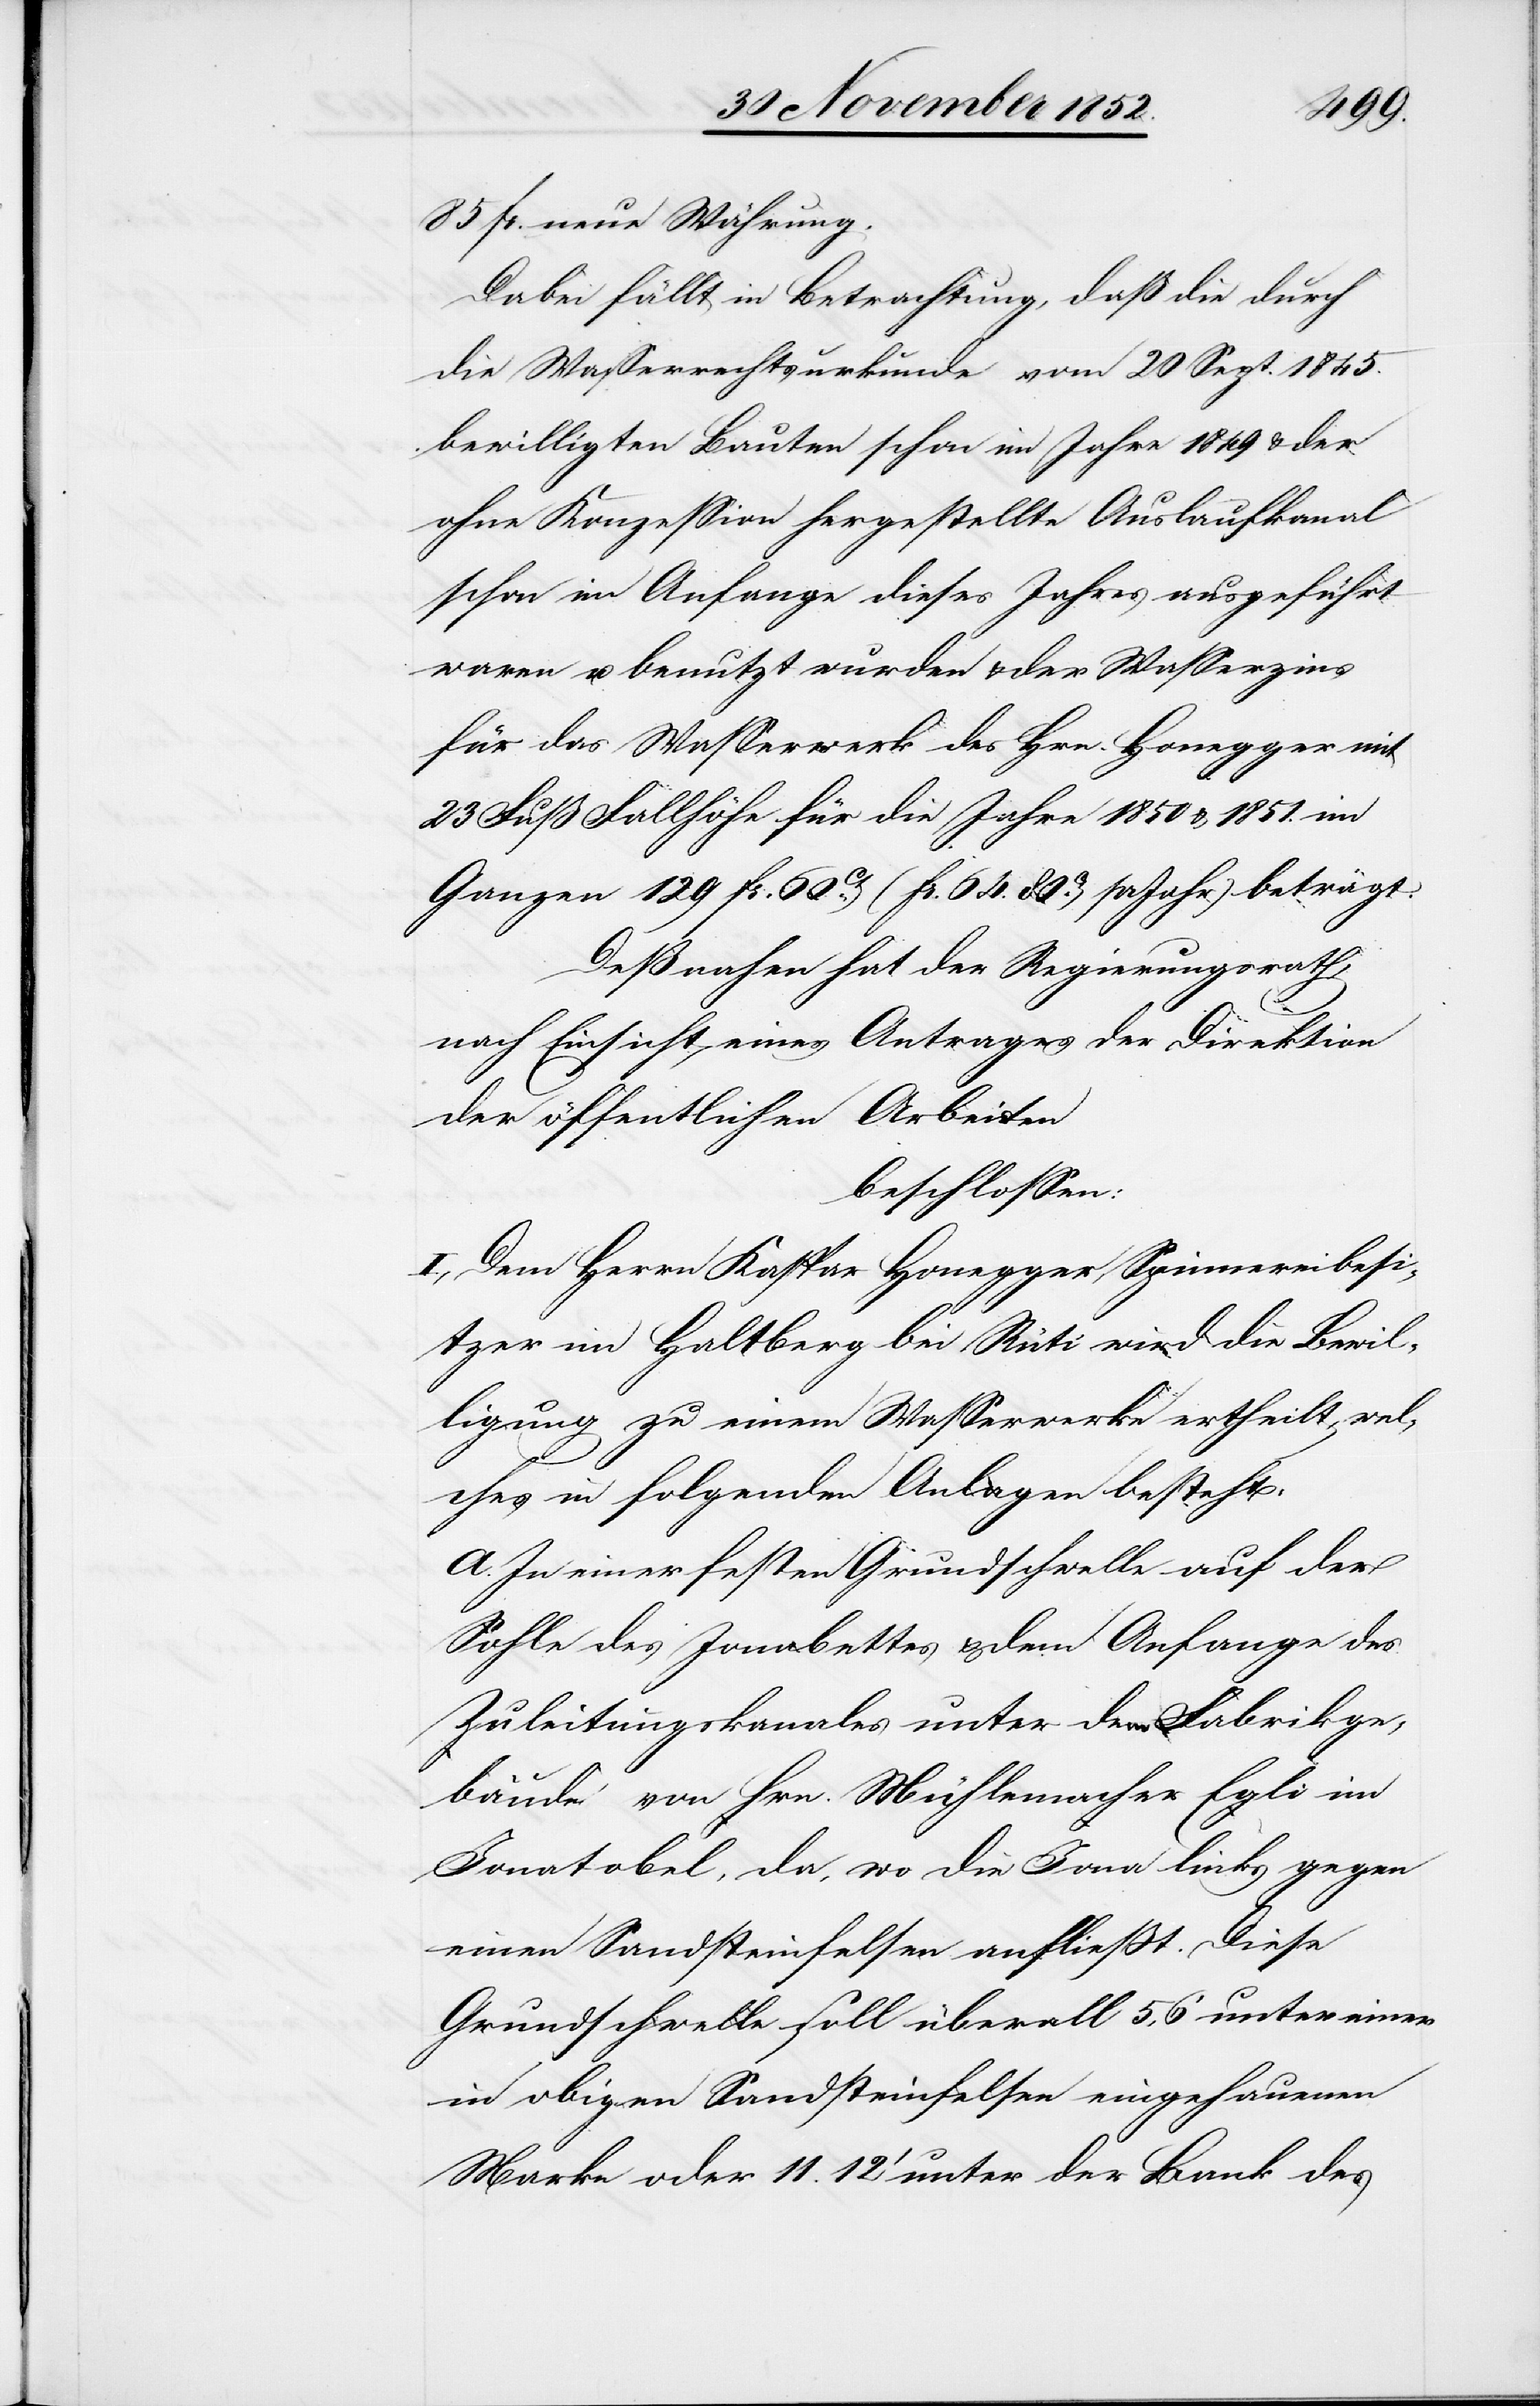
85 fr. neue Währung.
Dabei fällt in Betrachtung, daß die durch
die Wasserrechtsurkunde vom 20 Sept. 1845.
bewilligten Bauten schon im Jahre 1849 & der
ohne Konzession hergestellte Auslaufkanal
schon im Anfange dieses Jahres ausgeführt
waren u. benutzt wurden & der Wasserzins
für das Wasserwerk des Hrn. Honegger mit
23 Fuß Fallhöhe für die Jahre 1850 & 1851. im
Ganzen 129 fr. 60Cts. (fr. 64. 80Cts. pr Jahr) beträgt.
Deßnahen hat der Regierungsrath,
nach Einsicht eines Antrages der Direktion
der öffentlichen Arbeiten
beschlossen:
I., Dem Herrn Kaspar Honegger, Spinnereibesi¬
tzer im Haltberg bei Rüti wird die Bewil¬
ligung zu einem Wasserwerke ertheilt, wel¬
ches in folgenden Anlagen besteht:
A. In einer festen Grundschwelle auf der
Sohle des Jonabettes & dem Anfange des
Zuleitungskanales unter dem Fabrikge¬
bäude von Hrn. Mühlemacher Egli im
Jonatobel, da, wo die Jona links gegen
einen Sandsteinfelsen anfließt. Diese
Grundschwelle soll überall 5,6‘ unter einer
in obigen Sandsteinfelsen eingehauenen
Marke oder 11.12‘ unter der Bank des